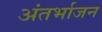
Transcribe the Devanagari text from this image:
अंतर्भाजन